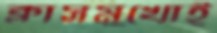
ক্লাসমুখোই